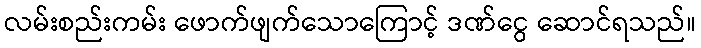
လမ်းစည်းကမ်း ဖောက်ဖျက်သောကြောင့် ဒဏ်ငွေ ဆောင်ရသည်။